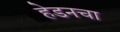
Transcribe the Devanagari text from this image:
हेडनचा